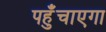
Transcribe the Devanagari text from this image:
पहुँचाएगा